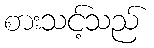
စားသင့်သည်